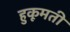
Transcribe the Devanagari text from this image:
हुकूमती